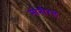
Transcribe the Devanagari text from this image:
मोनौरल